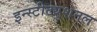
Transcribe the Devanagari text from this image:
इन्स्टीट्युशनल